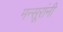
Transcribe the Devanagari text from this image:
मन्सूरांनी